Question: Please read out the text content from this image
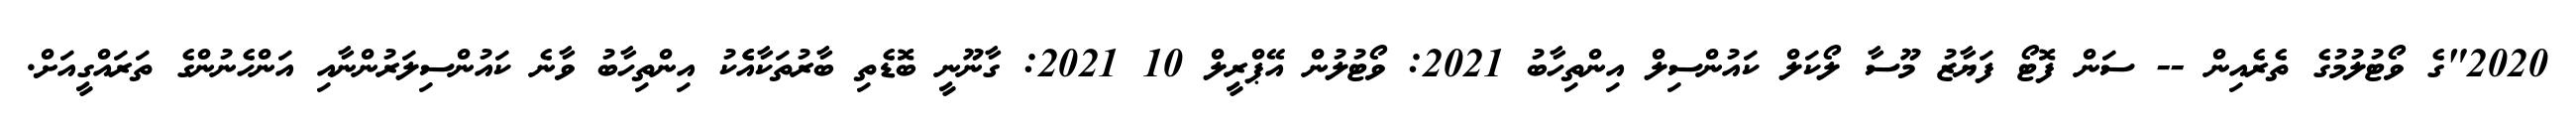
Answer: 2020"ގެ ވޯޓުލުމުގެ ތެރެއިން -- ސަން ފޮޓޯ ފަޔާޒު މޫސާ ލޯކަލް ކައުންސިލް އިންތިހާބު 2021: ވޯޓުލުން އޭޕްރީލް 10 2021: ގާނޫނީ ބޮޑެތި ބާރުތަކާއެެކު އިންތިހާބު ވާނެ ކައުންސިލަރުންނާއި އަންހެނުންގެ ތަރައްގީއަށް.